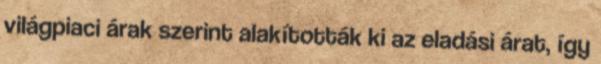
világpiaci árak szerint alakították ki az eladási árat, így